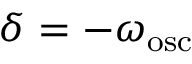
\delta = - \omega _ { \mathrm { o s c } }